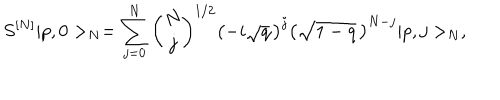
LaTeX: S ^ { [ N ] } \vert p , 0 > _ { N } = \sum _ { j = 0 } ^ { N } { \binom { N } { j } } ^ { 1 / 2 } \left( - i \sqrt { q } \, \right) ^ { j } \left( \sqrt { 1 - q } \, \right) ^ { N - j } \vert p , j > _ { N } ,